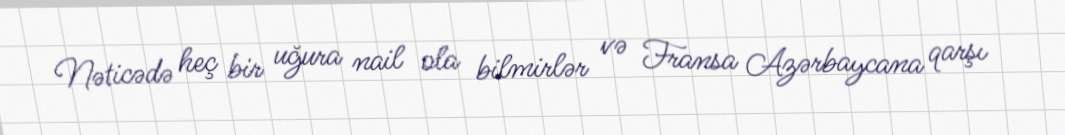
Nəticədə heç bir uğura nail ola bilmirlər və Fransa Azərbaycana qarşı